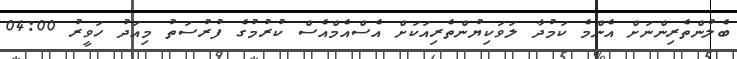
ބެލުންތެރިންނަށް އެންމެ ކަމުދާ ލަވަކިޔުންތެރިއަކަށް އެސްއެމްއެސް ކުރުމުގެ ފުރުސަތު މިއަދު ހަވީރު 04:00